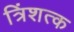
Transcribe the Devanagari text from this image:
त्रिंशत्क